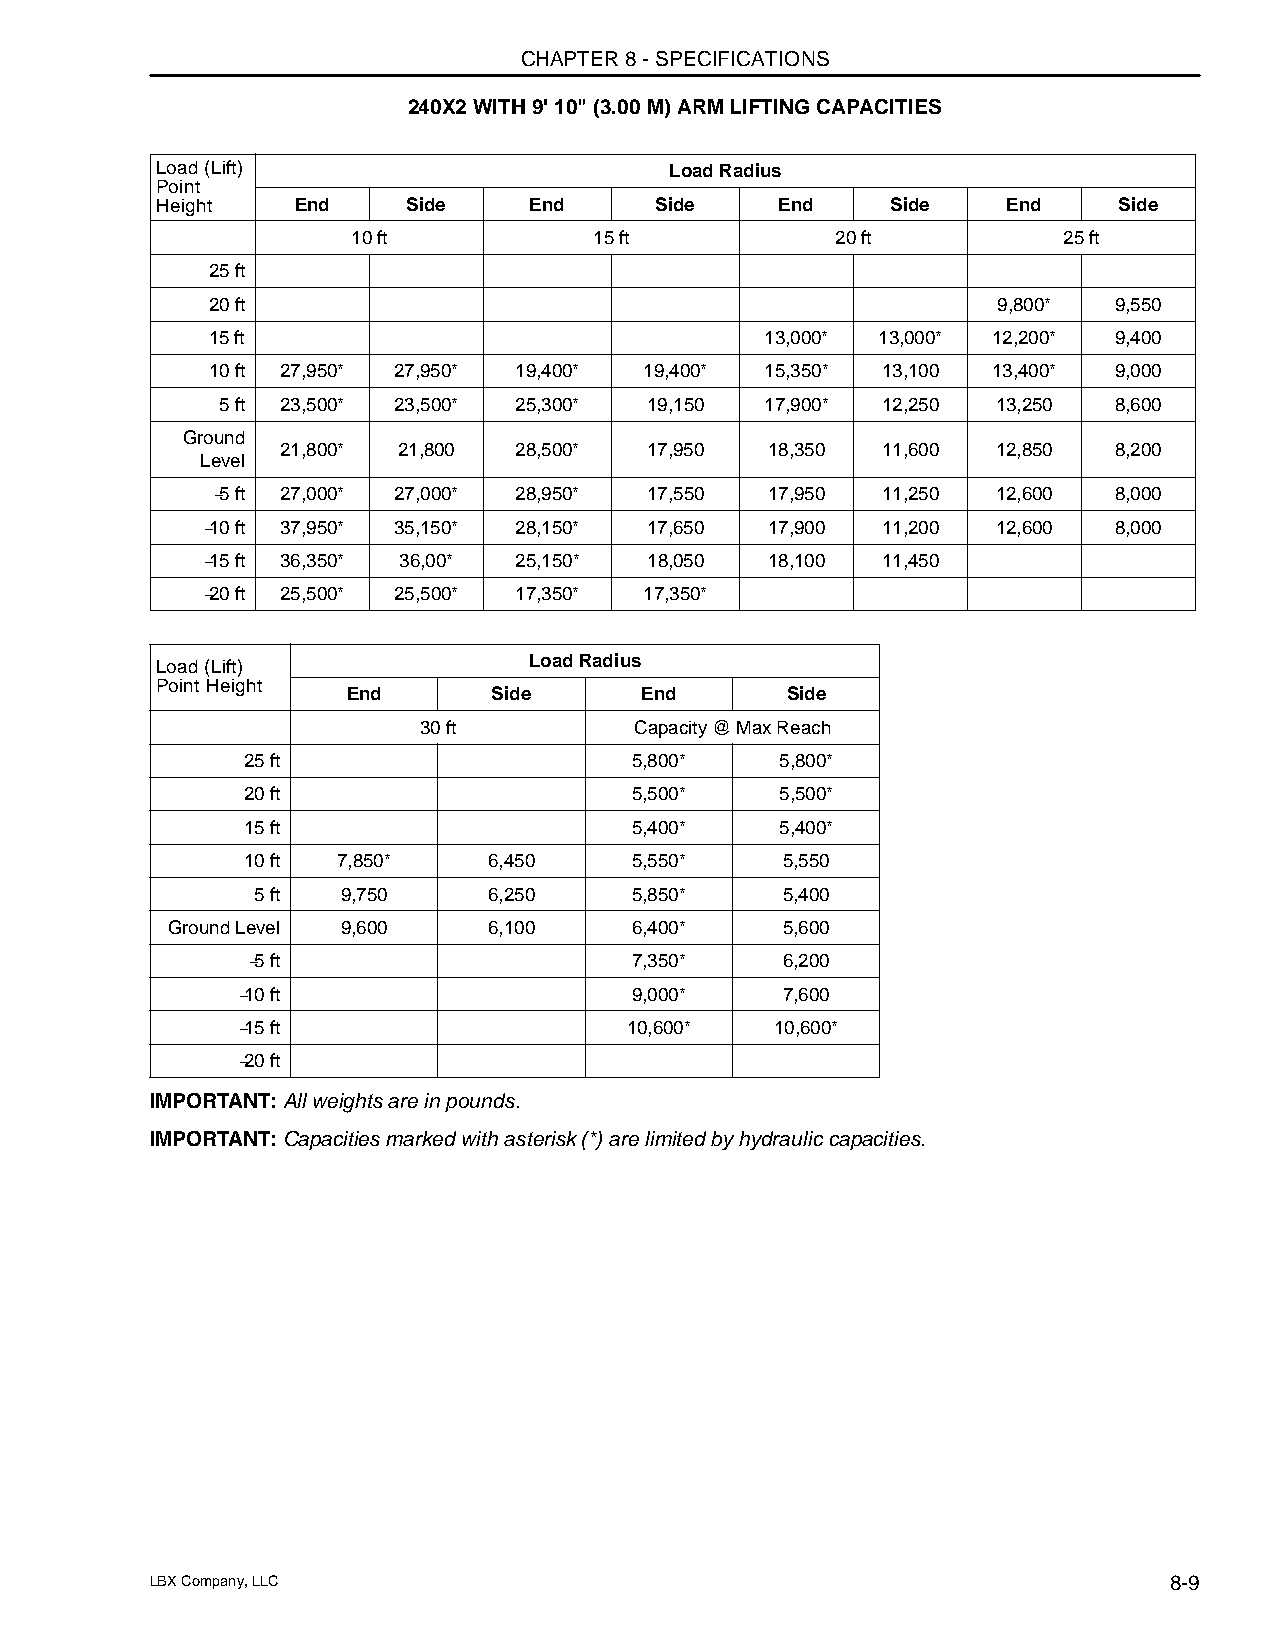
CHAPTER 8 - SPECIFICATIONS
 240X2 WITH 9' 10" (3.00 M) ARM LIFTING CAPACITIES
 Load (Lift)                       Load Radius
 Point
 Height    End    Side    End     Side     End    Side    End    Side
 10 ft           15 ft           20 ft          25 ft
 25 ft
 20 ft                                               9,800*  9,550
 15 ft                                13,000* 13,000* 12,200* 9,400
 10 ft 27,950* 27,950* 19,400* 19,400* 15,350* 13,100 13,400* 9,000
 5 ft 23,500* 23,500* 25,300* 19,150  17,900* 12,250 13,250  8,600
 Ground
 21,800* 21,800 28,500*  17,950  18,350 11,600  12,850  8,200
 Level
 −5 ft 27,000* 27,000* 28,950* 17,550 17,950 11,250  12,600  8,000
 −10 ft 37,950* 35,150* 28,150* 17,650 17,900 11,200  12,600  8,000
 −15 ft 36,350* 36,00* 25,150* 18,050  18,100 11,450
 −20 ft 25,500* 25,500* 17,350* 17,350*
 Load (Lift)              Load Radius
 Point Height
 End       Side     End       Side
 30 ft         Capacity @ Max Reach
 25 ft                     5,800*    5,800*
 20 ft                     5,500*    5,500*
 15 ft                     5,400*    5,400*
 10 ft 7,850*    6,450     5,550*    5,550
 5 ft  9,750    6,250     5,850*    5,400
 Ground Level 9,600   6,100     6,400*    5,600
 −5 ft                     7,350*    6,200
 −10 ft                    9,000*    7,600
 −15 ft                   10,600*   10,600*
 −20 ft
 IMPORTANT: All weights are in pounds.
 IMPORTANT: Capacities marked with asterisk (*) are limited by hydraulic capacities.
 LBX Company, LLC                                                   8-9